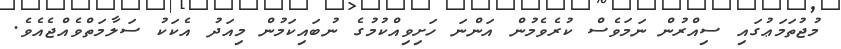
މުޖުތަމަޢުގައި ސިއްރުން ނަމަވެސް ކުރެވެމުން އަންނަ ހަށިވިއްކުމުގެ ނުބައިކަމުން މިއަދު އެކަކު ސަލާމަތްވެއްޖެއެވެ.